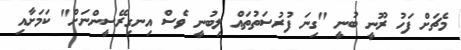
މެޗަށް ފަހު ރޫނީ ބުނީ "ގިނަ ފުރުސަތުތައް ލިބުނީ ވެސް އިނގިރޭސީންނަށް" ކަމަށާއި